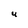
Character: U